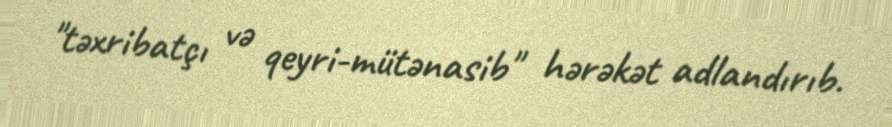
"təxribatçı və qeyri-mütənasib" hərəkət adlandırıb.